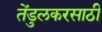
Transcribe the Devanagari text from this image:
तेंडुलकरसाठी